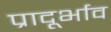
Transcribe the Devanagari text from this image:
प्रादूर्भाव